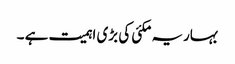
بہاریہ مکئی کی بڑی اہمیت ہے ۔